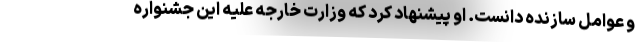
و عوامل سازنده دانست. او پیشنهاد کرد که وزارت خارجه علیه این جشنواره